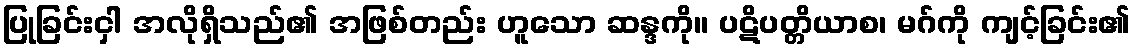
ပြုခြင်းငှါ အလိုရှိသည်၏ အဖြစ်တည်း ဟူသော ဆန္ဒကို။ ပဋိပတ္တိယာစ၊ မဂ်ကို ကျင့်ခြင်း၏